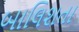
બાલિશતા